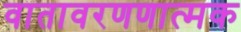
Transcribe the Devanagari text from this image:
वातावरणणात्मक